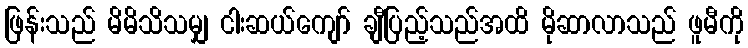
ဖြန်းသည် မိမိသိသမျှ ငါးဆယ်ကျော် ချီပြည့်သည်အထိ မိုဆာလာသည် ဖူမီကို